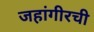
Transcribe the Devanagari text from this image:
जहांगीरची